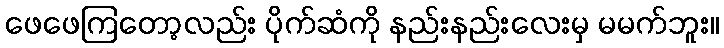
ဖေဖေကြတော့လည်း ပိုက်ဆံကို နည်းနည်းလေးမှ မမက်ဘူး။